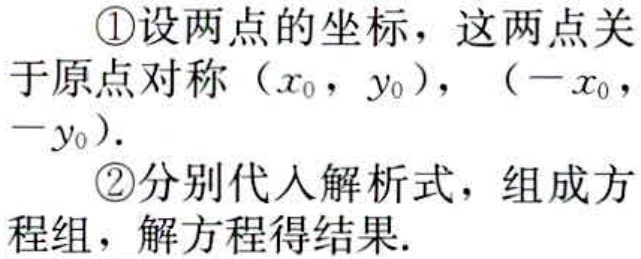
\textcircled{1}设两点的坐标，这两点关于原点对称\((x_{0},y_{0})\)，\((-x_{0},-y_{0})\).
\textcircled{2}分别代入解析式，组成方程组，解方程得结果.